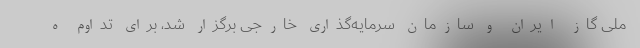
ملی گاز ایران و سازمان سرمایه‌گذاری خارجی برگزار شد، برای تداوم ه